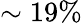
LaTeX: \sim 19\%